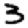
Digit: 3